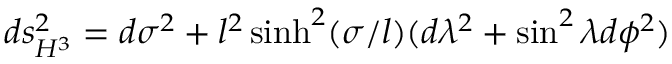
d s _ { H ^ { 3 } } ^ { 2 } = d \sigma ^ { 2 } + l ^ { 2 } \sinh ^ { 2 } ( \sigma / l ) ( d \lambda ^ { 2 } + \sin ^ { 2 } \lambda d \phi ^ { 2 } )